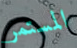
المستمر